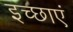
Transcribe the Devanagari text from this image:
इच्‍छाएं